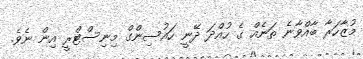
މުޒާހަރާ ބާއްވާނެ ތަނެއް ގެ ހުއްދަ ދޭނީ ހައުސިންގް މިނިސްޓްރީ އިން ނެވެ.